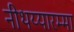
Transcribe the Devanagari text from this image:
नीथय्यारम्मा